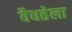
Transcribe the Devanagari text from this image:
वैधतेला